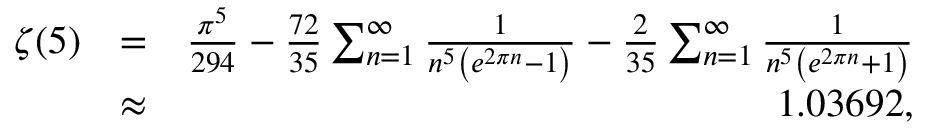
\begin{array} { r l r } { \zeta ( 5 ) } & { = } & { \frac { \pi ^ { 5 } } { 2 9 4 } - \frac { 7 2 } { 3 5 } \sum _ { n = 1 } ^ { \infty } \frac { 1 } { n ^ { 5 } \left( e ^ { 2 \pi n } - 1 \right) } - \frac { 2 } { 3 5 } \sum _ { n = 1 } ^ { \infty } \frac { 1 } { n ^ { 5 } \left( e ^ { 2 \pi n } + 1 \right) } } \\ & { \approx } & { 1 . 0 3 6 9 2 , } \end{array}